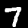
Label: 7